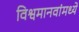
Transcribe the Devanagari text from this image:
विश्वमानवांमध्ये